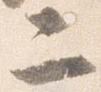
二